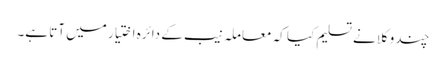
چند وکلا نے تسلیم کیا کہ معاملہ نیب کے دائرہ اختیار میں آتا ہے۔